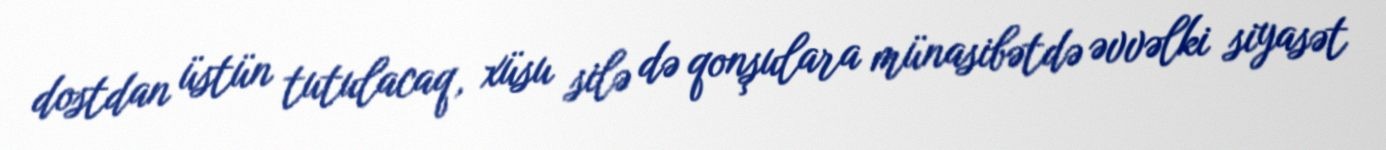
dostdan üstün tutulacaq, xüsu silə də qonşulara münasibətdə əvvəlki siyasət